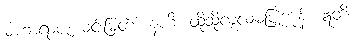
မဟာရာဇ၊ မင်းမြတ်။ နဟိ၊ ထိုသို့လုံ့လမပြုကုန်။ ဣတိ၊